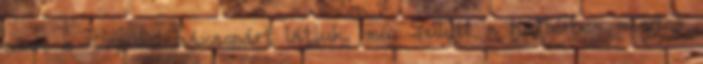
csak a Capulet-házaspárt látjuk, míg Júliát a háttérben minden